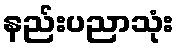
နည်းပညာသုံး